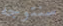
سنتوجه